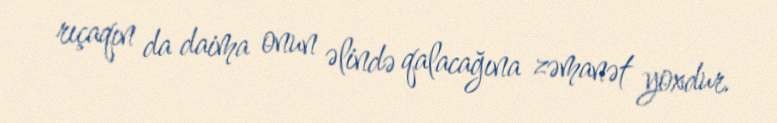
rıçaqın da daima onun əlində qalacağına zəmanət yoxdur.